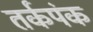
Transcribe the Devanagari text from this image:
तर्कपंक